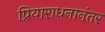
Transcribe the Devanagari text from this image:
प्रियाराधनानंतर